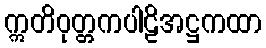
ဣတိဝုတ္တကပါဠိအဋ္ဌကထာ